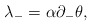
\begin{align*}\lambda_{-} = \alpha \partial_{-} \theta ,\end{align*}